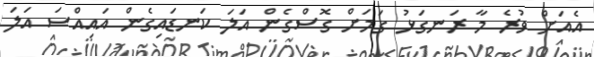
އެއަށް ވުރެ މާ ރަނގަޅު ގަމަށް ގޮސްގެން އަލަ ކަނޑައިގެން އައިއްސަ އަލަ